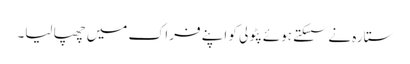
ستارہ نے سسکتے ہوئے پٹولی کو اپنے فراک میں چھپا لیا۔